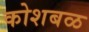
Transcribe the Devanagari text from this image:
कोशबळ